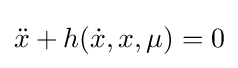
{\ddot {x}}+h({\dot {x}},x,\mu )=0